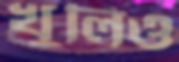
খুলিও